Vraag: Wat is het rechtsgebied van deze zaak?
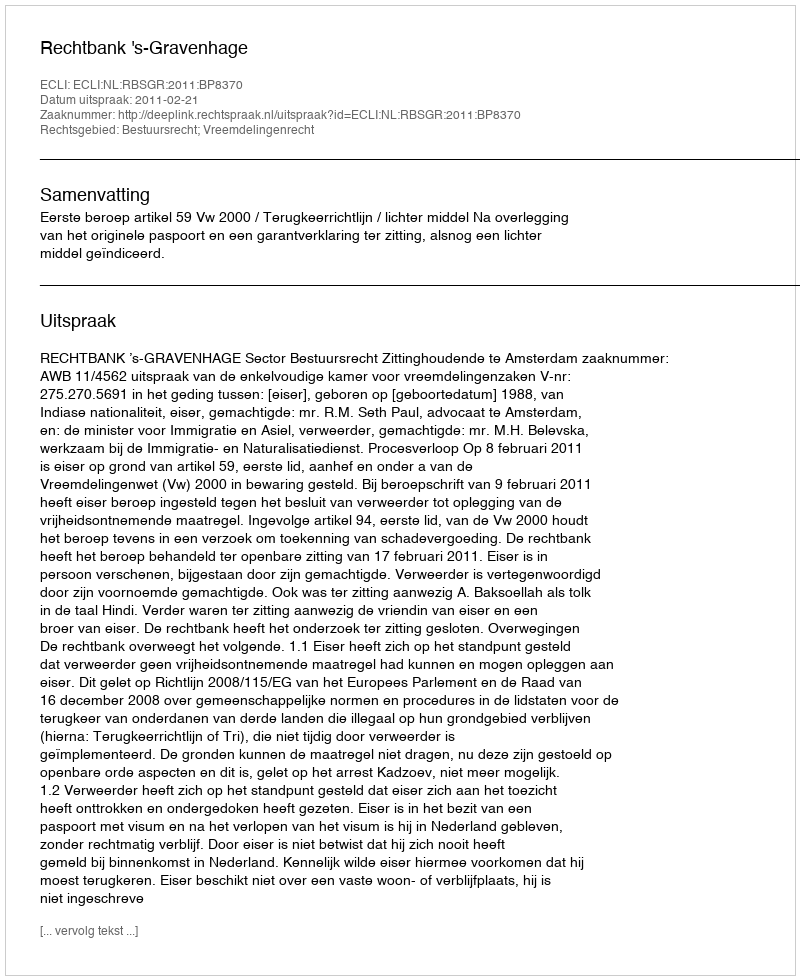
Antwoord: Bestuursrecht; Vreemdelingenrecht